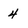
Character: 4